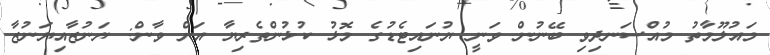
މައުލޫމާތު މުއްސަނދިވި ބޭނުން ވަނީ ޔުނައިޓެޑުގެ މޮޅު ކުޅުންތެރިޔާ އަށް ވާން: ޔަނުޒާއިޔަނުޒާ